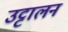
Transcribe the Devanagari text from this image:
उट्टालन